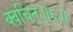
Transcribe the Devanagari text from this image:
क्वचित्॥६॥